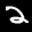
Label: 2